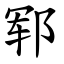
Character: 郓